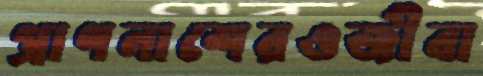
প্রাণনাশেরওজীবা